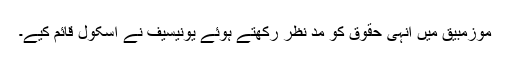
موزمبیق میں انہی حقوق کو مد نظر رکھتے ہوئے یونیسیف نے اسکول قائم کیے۔